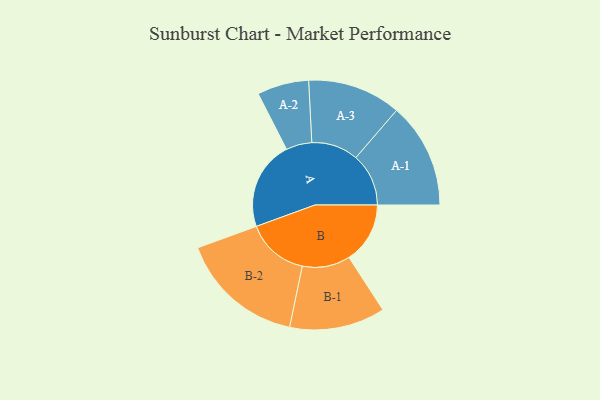
{"axis": {"x": "Segment", "y": "Value"}, "legend": ["", "A", "B"], "data": [{"x": "A", "y": 416, "type": ""}, {"x": "B", "y": 286, "type": ""}, {"x": "A-1", "y": 247, "type": "A"}, {"x": "A-2", "y": 121, "type": "A"}, {"x": "A-3", "y": 219, "type": "A"}, {"x": "B-1", "y": 224, "type": "B"}, {"x": "B-2", "y": 292, "type": "B"}]}